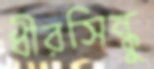
ধীরসিন্ধু